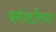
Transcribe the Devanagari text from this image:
धर्मजातिच्या